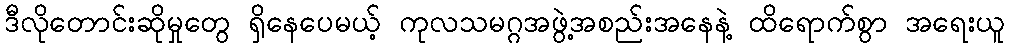
ဒီလိုတောင်းဆိုမှုတွေ ရှိနေပေမယ့် ကုလသမဂ္ဂအဖွဲ့အစည်းအနေနဲ့ ထိရောက်စွာ အရေးယူ